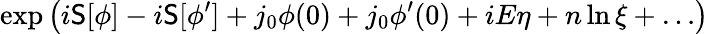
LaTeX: \exp\left(i\mathsf{S}[\phi]-i\mathsf{S}[\phi^{\prime}]+j_{0}\phi(0)+j_{0}\phi^{\prime}(0)+iE\eta+n\ln\xi+\dots\right)